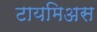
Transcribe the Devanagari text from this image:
टायमिअस